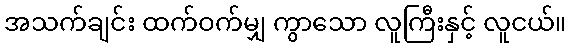
အသက်ချင်း ထက်ဝက်မျှ ကွာသော လူကြီးနှင့် လူငယ်။